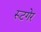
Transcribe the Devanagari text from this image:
रूटगेर